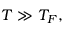
T \gg T _ { F } ,